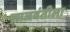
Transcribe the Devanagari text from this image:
लाजवंतीला